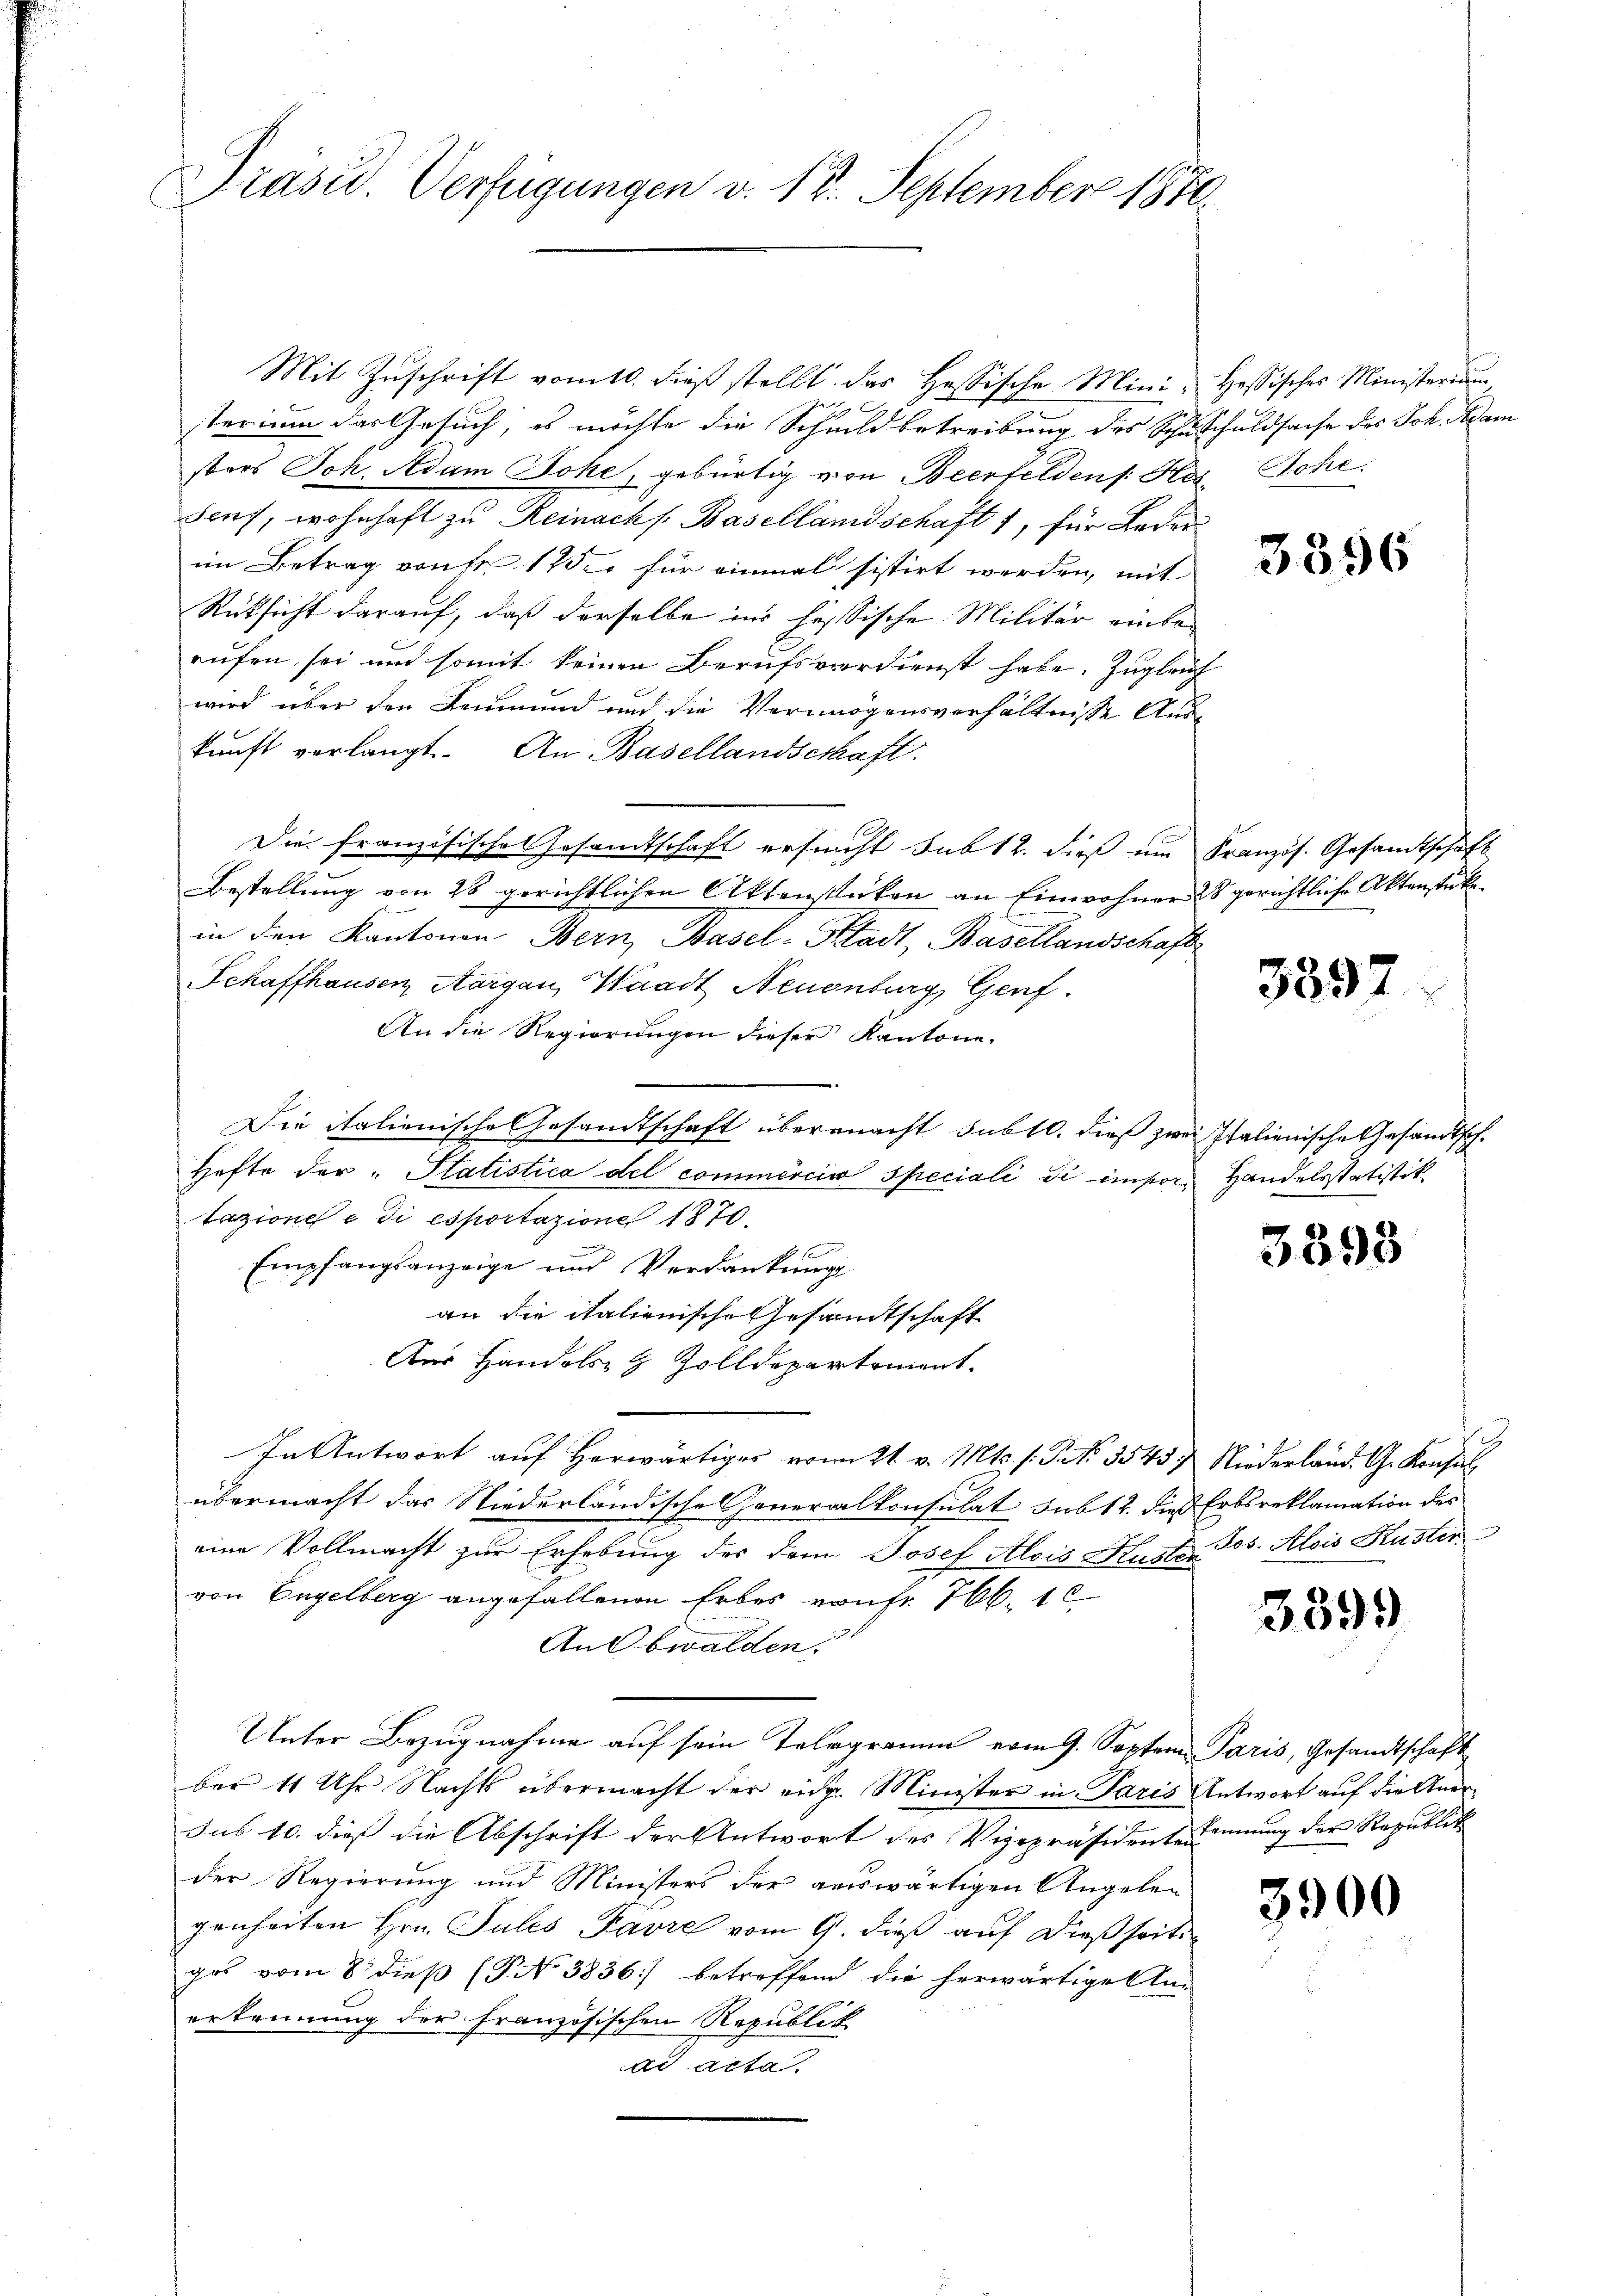
Präsid. Verfügungen d. 18. September 1870.

Mit Zuschrift vom 10. dieß stellt das Hassische Mini- Hessisches Ministerium,
sterium das Gesuch, es möchte die Schuldbetreibung des Schusschuldsache des Joh. Adam
sters Joh. Adam Johe, gebürtig von Beerfelden /: Hos. Sche
sauf, wohnhaft zu Reinachs Basellandschaft 1, für Leder
im Betrag von Nr. 175. für einmal sistirt werden, mit
Rücksicht darauf, daß derselbe ins hessische Militär einbeaufen sei und somit keinen Berufsverdienst habe. Zugleich
wird über den Leumund und die Vermögensverhältnisse Auskunft verlangt. An Basellandschaft.
Die französische Gesamtschaft ersucht sub 12. dieß um Französ. Gesandtschaft
Bestellung von 28 gerichtlichen Aktenstücken an Einwohner 25 gerichtliche Aktenstück
in den Kantonen Bern, Basel-Stadt, Basellandschaft
Schaffhausen, Aargau, Waadt Neuenburg, Genf.
An die Regierungen dieser Kantone.
Die italienische Gesandtschaft übermacht subtl. dieß zwei Italienische Gesandtsch¬
Hefte der Statistica del commerciis speciali di impor Handelsstatistik
tazione e di esportazione 1870.
Empfangsanzeige und Verdankung
an die italienische Gesandtschaft
Aus Handels- & Zolldepartement.
In Antwort auf herwärtiger vom 21. v. Mts. f. P. Nr. 3543 u Niederland. G. Konse
übermacht das Niederländische Generalkonsulat sub 12. dies Erbsreklamation des
eine Vollmacht zur Erhebung des dem Josef Alois Huster Jos. Alois Kuster
von Engelberg angefallenen Erbes von fr. 766. 12
An Obwalden.
Unter Bezugnahme auf sein Telegramm vom 9. Septem Paris, Gesandtschaft
ber 11 Uhr Nachts übermacht der eidg. Minister in Paris Antwort auf die Aner¬
Jus 10. dieß die Abschrift der Antwort des Vizepräsidente kennung der Republik
der Regierung und Ministers der auswärtigen Angelen
genheiten Hrn. Sules Favre vom 9. dieß auf dießseiti
gos vom 8. dieß (T. No 3836) betreffend die herwärtige An-
erkennung der Französischen Republick
ad acta

3396

5397.

3395

3399

3900

i